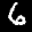
Label: 6